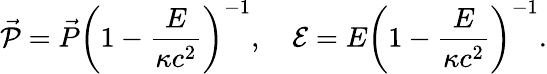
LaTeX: \vec{\cal{P}}=\vec{P}\left(1-\frac{E}{\kappa c^{2}}\right)^{-1},\quad{\cal{E}}=E\left(1-\frac{E}{\kappa c^{2}}\right)^{-1}.